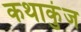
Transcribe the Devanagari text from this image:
कथाकुंज